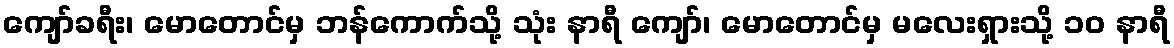
ကျော်ခရီး၊ မောတောင်မှ ဘန်ကောက်သို့ သုံး နာရီ ကျော်၊ မောတောင်မှ မလေးရှားသို့ ၁၀ နာရီ